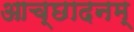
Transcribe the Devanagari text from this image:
आच्छादनम्‌